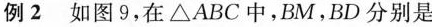
例2如图9，在△ABC中，BM，BD分别是